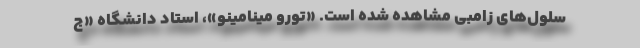
سلول‌های زامبی مشاهده شده‌ است. «تورو مینامینو»، استاد دانشگاه «ج